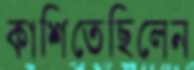
কাশিতেছিলেন